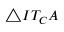
\triangle I T _ { C } A